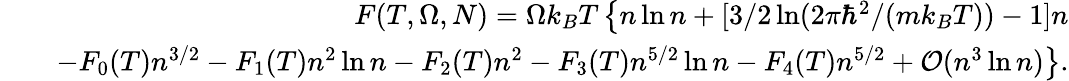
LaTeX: \begin{array}{rlr}&{}&{F(T,\Omega,N)=\Omega k_{B}T\left\{ n\ln n+[3/2\ln(2\pi\hbar^{2}/(mk_{B}T))-1]n\right.}\\ &{}&{\left.-F_{0}(T)n^{3/2}-F_{1}(T)n^{2}\ln n-F_{2}(T)n^{2}-F_{3}(T)n^{5/2}\ln n-F_{4}(T)n^{5/2}+{\cal O}(n^{3}\ln n)\right\} .}\end{array}